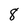
Character: 8